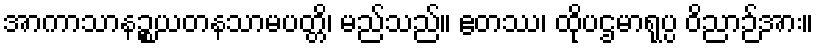
အာကာသာနဉ္စယတနသာမပတ္တိ၊ မည်သည်။ ဧတဿ၊ ထိုပဌမာရုပ္ပ ဝိညာဉ်အား။